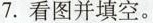
7.看图并填空。